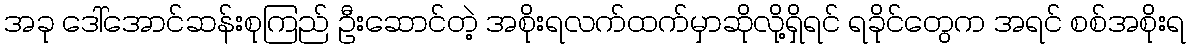
အခု ဒေါ်အောင်ဆန်းစုကြည် ဦးဆောင်တဲ့ အစိုးရလက်ထက်မှာဆိုလို့ရှိရင် ရခိုင်တွေက အရင် စစ်အစိုးရ